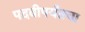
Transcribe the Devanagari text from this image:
पदवीपर्यंतचा